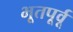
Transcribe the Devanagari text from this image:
भूतपूर्वू